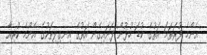
އެންމެ ފުރަތަމަ އަތުގެ ކުޑަ ހުޅުން ފަށައިގެން އަތުގެ އިނގިލިތަކުގެ އެންމެ ކުރިއާ